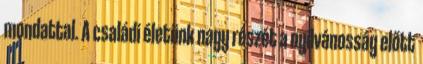
mondattal. A családi életünk nagy részét a nyilvánosság előtt